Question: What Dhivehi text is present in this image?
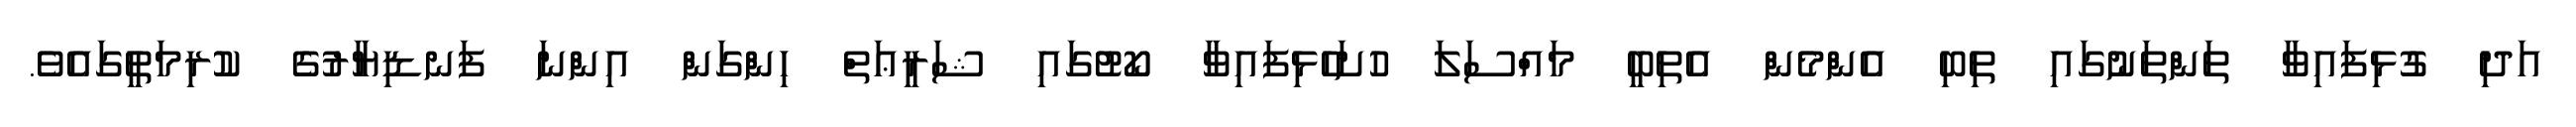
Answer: އަދި ގުޅިފައިވާ ތަންތަނުގައި ތިބި އެންމެން އެތިބީ މައްސަލަ ހުށަހެޅިފައިވާ ކޯޓުގައި ޝަރީޢަތް ހިންގަން އިންނަ ފަނޑިޔާރުގެ ކުރިމަތީގައެވެ.